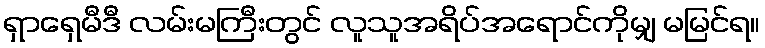
ရှာရှေမီဒီ လမ်းမကြီးတွင် လူသူအရိပ်အရောင်ကိုမျှ မမြင်ရ။